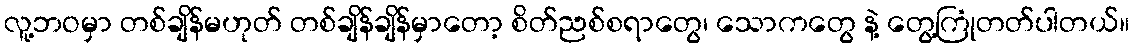
လူ့ဘဝမှာ တစ်ချိန်မဟုတ် တစ်ချိန်ချိန်မှာတော့ စိတ်ညစ်စရာတွေ၊ သောကတွေ နဲ့ တွေ့ကြုံတတ်ပါတယ်။